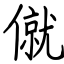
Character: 僦